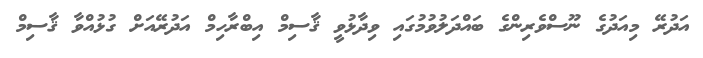
އަދުރޭ މިއަދުގެ ނޫސްވެރިންގެ ބައްދަލުވުމުގައި ވިދާޅުވީ ޤާސިމް އިބްރާހިމް އަދުރޭއަށް ގުޅުއްވާ ޤާސިމް